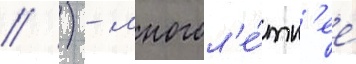
// ) - многол'е́тн'ее